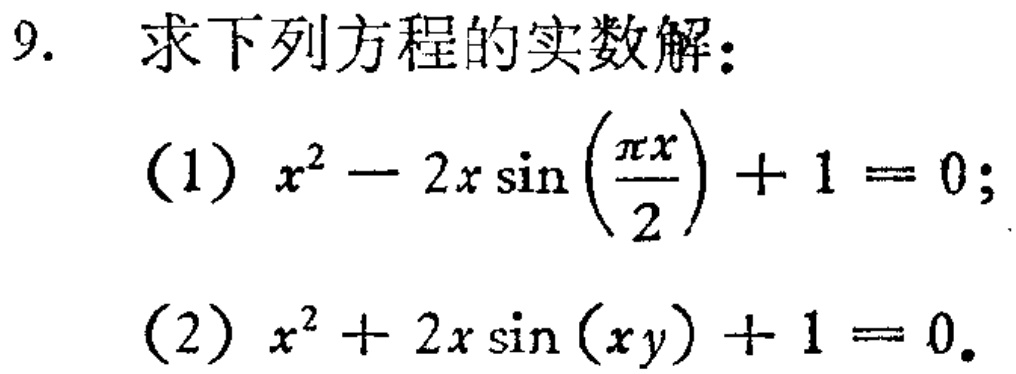
9. 求下列方程的实数解：
(1) \(x^{2}-2x\sin\left(\frac{\pi x}{2}\right)+1 = 0\);
(2) \(x^{2}+2x\sin(xy)+1 = 0\).